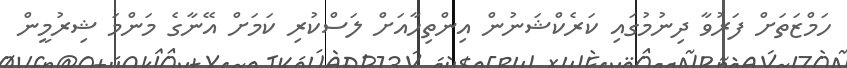
ހަމްޒަތަށް ފަރުވާ ދިނުމުގައި ކަރެކްޝަނުން އިންތިހާއަށް ލަސްކުރި ކަމަށް އޭނާގެ މަންމަ ޝިރުމީން